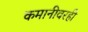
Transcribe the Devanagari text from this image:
कमानीवरही